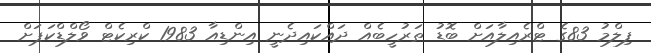
ފިލްމު 83ގެ ޓްރެއިލާއަށް ބޮޑު ތަރުހީބެއް ދައްކައިދެނީ އިންޑިއާ 1983 ކްރިކެޓް ވޯލްޑްކަޕަށް